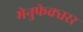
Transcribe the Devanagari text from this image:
मेनुफेक्चरर